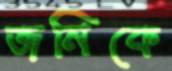
জনিকে